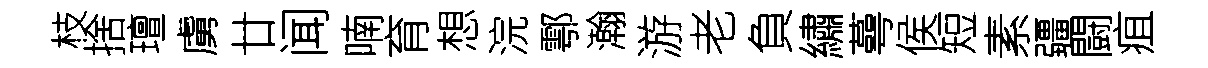
枝捨璮虜廿闻喃育想浣鄠瀚游老負繡蕚侯短素疆闘疽